Leaving Certificate Examination (including Day School Certificate (Higher) General paper), 1934
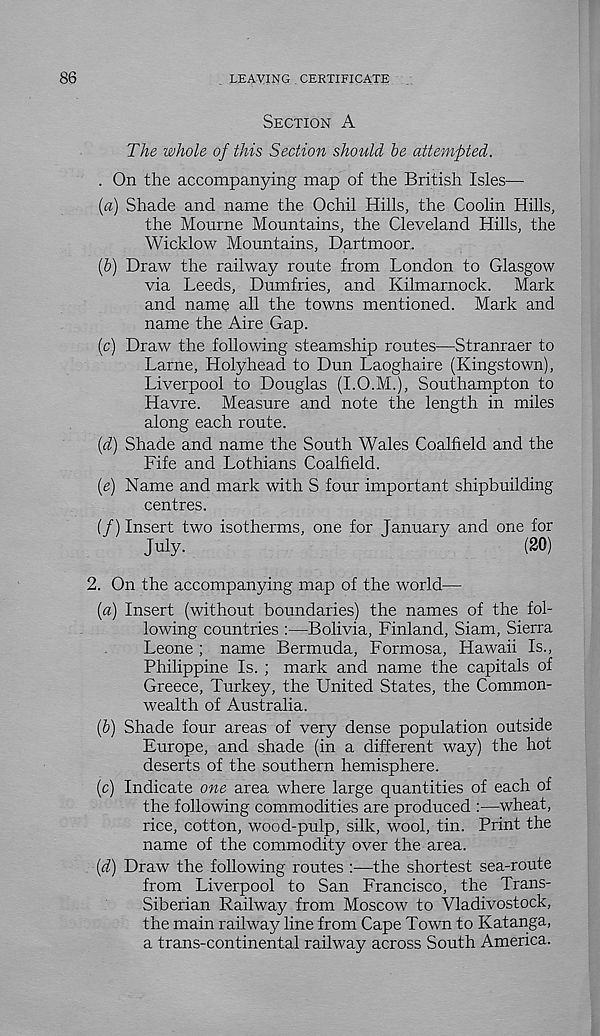
86
LEAyiNG . CERTIFICATE
Section A
The whole of this Section should be attempted.
. On the accompanying map of the British Isles—
(a) Shade and name the Ochil Hills, the Coolin Hills,
the Mourne Mountains, the Cleveland Hills, the
Wicklow Mountains, Dartmoor.
(b) Draw the railway route from London to Glasgow
via Leeds, Dumfries, and Kilmarnock. Mark
and name all the towns mentioned. Mark and
name the Aire Gap.
(c) Draw the following steamship routes—Stranraer to
Larne, Holyhead to Dun Laoghaire (Kingstown),
Liverpool to Douglas (I.O.M.), Southampton to
Havre. Measure and note the length in miles
along each route.
(d) Shade and name the South Wales Coalfield and the
Fife and Lothians Coalfield.
(e) Name and mark with S four important shipbuilding
centres.
(/) Insert two isotherms, one for January and one for
July.
(20)
2. On the accompanying map of the world—
(a) Insert (without boundaries) the names of the fol-
lowing countries :—Bolivia, Finland, Siam, Sierra
Leone ; name Bermuda, Formosa, Hawaii Is.,
Philippine Is. ; mark and name the capitals of
Greece, Turkey, the United States, the Common-
wealth of Australia.
(b) Shade four areas of very dense population outside
Europe, and shade (in a different way) the hot
deserts of the southern hemisphere.
(c) Indicate one area where large quantities of each of
the following commodities are produced :—wheat,
rice, cotton, wood-pulp, silk, wool, tin. Print the
name of the commodity over the area.
(d) Draw the following routes :—the shortest sea-route
from Liverpool to San Francisco, the Trans-
Siberian Railway from Moscow to Vladivostock,
the main railway line from Cape Town to Katanga,
a trans-continental railway across South America.